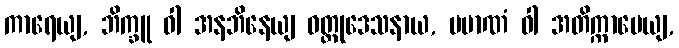
ကာရေယျ, ဘိက္ခူ ဝါ အနဘိနေယျ ဝတ္ထုဒေသနာယ, ပမာဏံ ဝါ အတိက္ကာမေယျ,